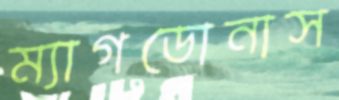
ম্যাগডোনাস